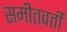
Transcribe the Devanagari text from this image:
समीतवर्ती